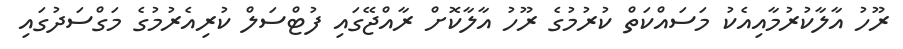
ރޫހު އާލާކުރުމާއިއެކު މަސައްކަތް ކުރުމުގެ ރޫހު އާލާކޮށް ރާއްޖޭގައި ފުޓްސަލް ކުރިއެރުމުގެ މަގްސަދުގައި